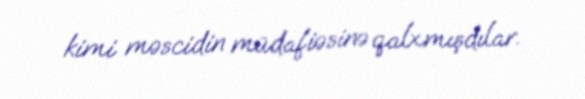
kimi məscidin müdafiəsinə qalxmışdılar.